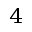
_ { 4 }